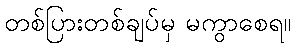
တစ်ပြားတစ်ချပ်မှ မကွာစေရ။